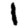
Digit: 1